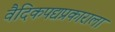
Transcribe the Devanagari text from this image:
वैदिकपद्यप्रकाराला